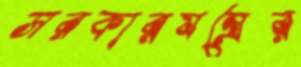
সরকারযন্ত্রের